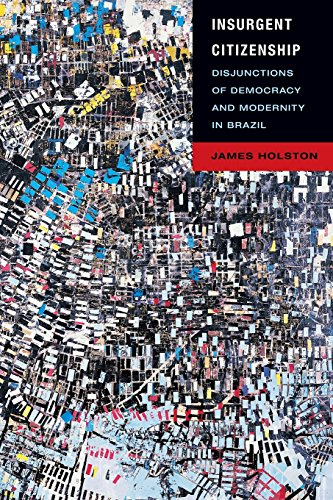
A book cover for Insurgent Citizenship: Disjunctions of Democracy and Modernity in Brazil (In-Formation); James Holston; Politics & Social Sciences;